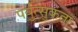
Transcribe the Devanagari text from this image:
पर्युत्सुकता